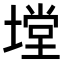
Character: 𭏠